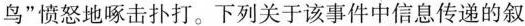
鸟”愤怒地啄击扑打。下列关于该事件中信息传递的叙